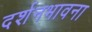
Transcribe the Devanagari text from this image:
दर्शनभावना